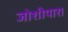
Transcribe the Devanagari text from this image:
जोशीयारा